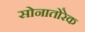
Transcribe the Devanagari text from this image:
सोनातोरेक